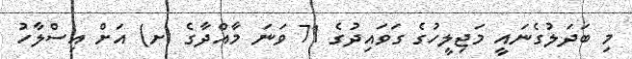
މި ބަދަލުގެނައީ މަޖިލީހުގެ ގަވައިދުގެ 71 ވަނަ މާއްދާގެ (ށ) އަށް އިސްލާހު